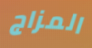
المزاج